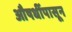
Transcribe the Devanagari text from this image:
औषधींपासून